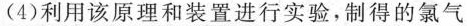
(4)利用该原理和装置进行实验，制得的氯气